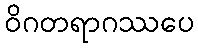
ဝိဂတရာဂဿပေ